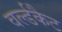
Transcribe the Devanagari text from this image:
वर्ल्डकैट